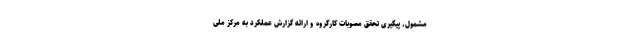
مشمول، پیگیری تحقق مصوبات کارگروه و ارائه گزارش عملکرد به مرکز ملی